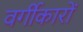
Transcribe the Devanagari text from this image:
वर्गीकारों